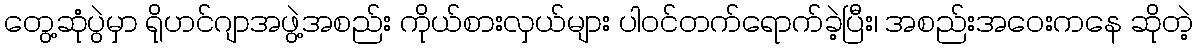
တွေ့ဆုံပွဲမှာ ရိုဟင်ဂျာအဖွဲ့အစည်း ကိုယ်စားလှယ်များ ပါဝင်တက်ရောက်ခဲ့ပြီး၊ အစည်းအဝေးကနေ ဆိုတဲ့